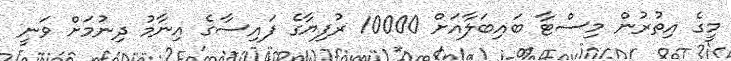
މީގެ އިތުރުން މިސްޓާ ބައިބަލާއަށް 10000 ރުފިޔާގެ ފައިސާގެ އިނާމު ދިނުމަށް ވަނީ